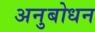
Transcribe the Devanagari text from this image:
अनुबोधन